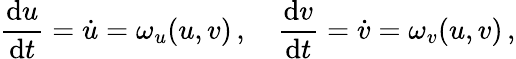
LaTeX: \frac{\mathrm{d}u}{\mathrm{d}t}=\dot{u}=\omega_{u}(u,v)\, ,\quad\frac{\mathrm{d}v}{\mathrm{d}t}=\dot{v}=\omega_{v}(u,v)\, ,